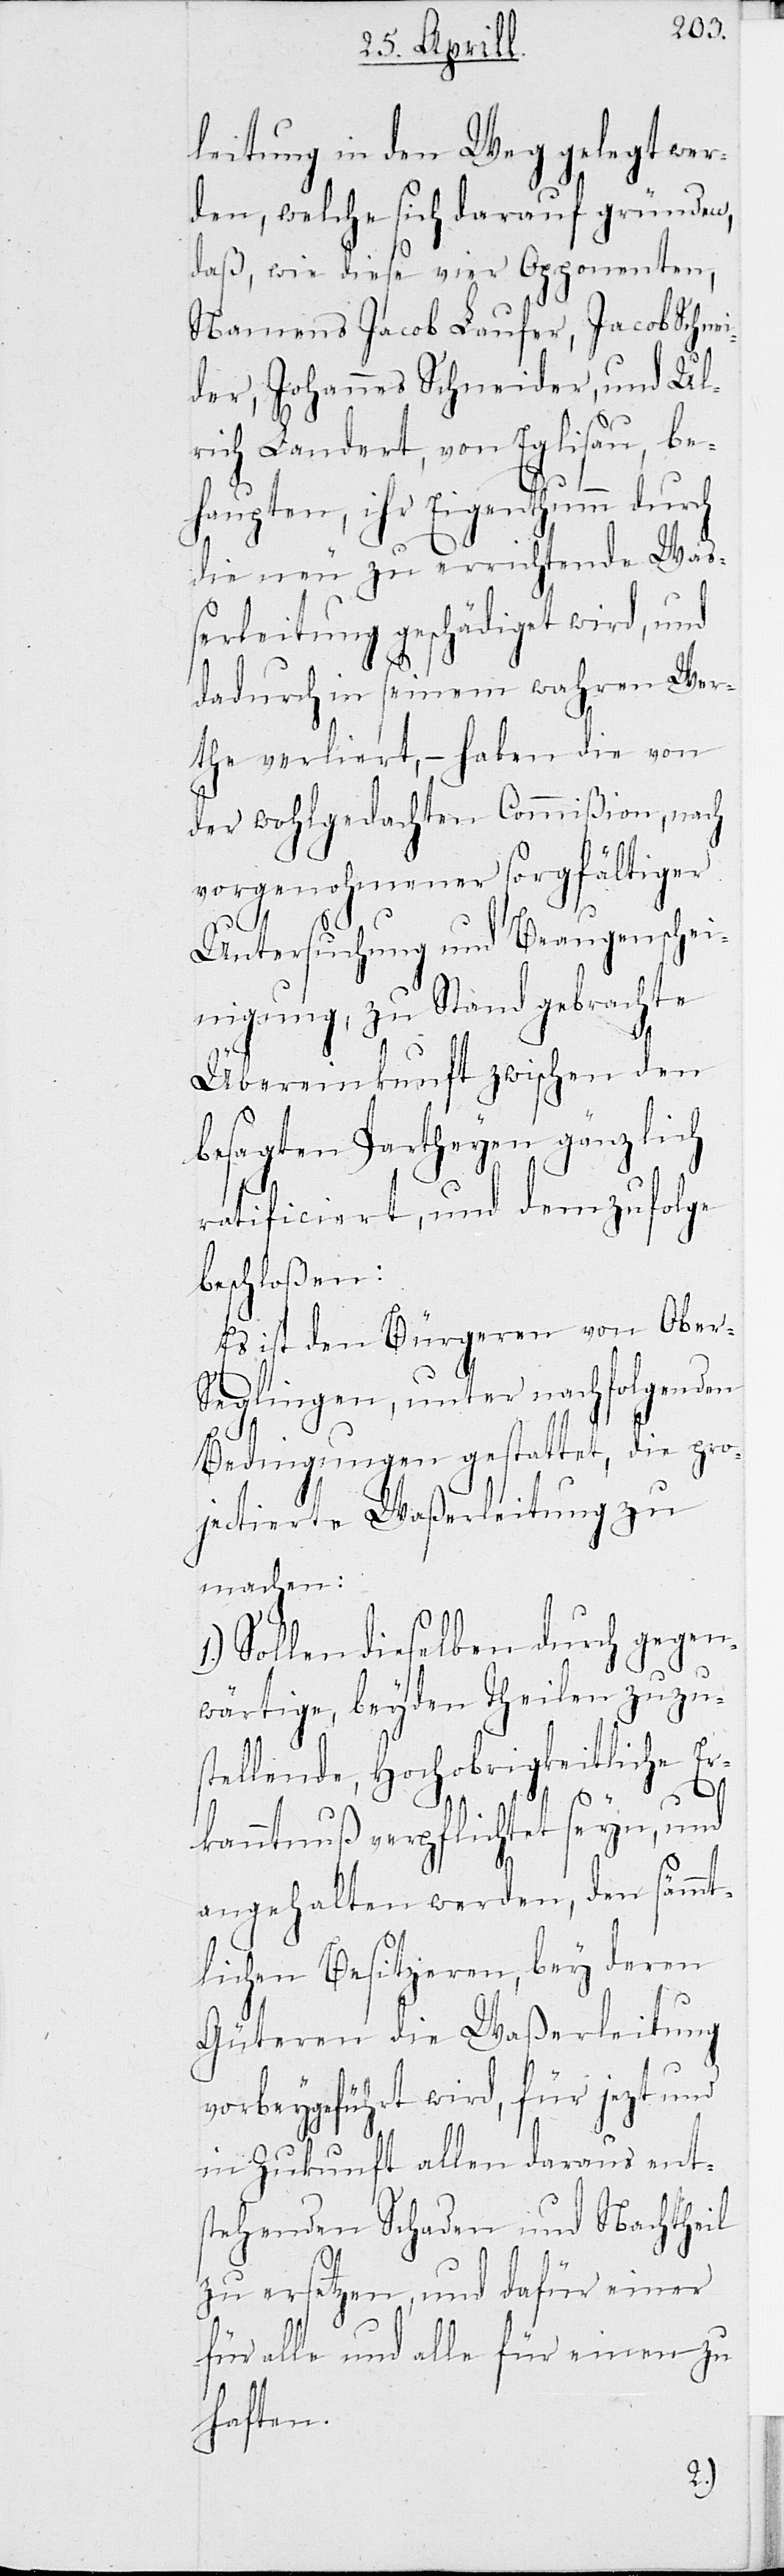
leitung in den Weg gelegt wer¬
den, welche sich darauf gründen,
daß, wie diese vier Opponenten,
Namens Jacob Laufer, Jacob Schnei¬
der, Johannes Schneider, und Ul¬
rich Landert, von Eglisau, be¬
haupten, ihr Eigenthumm durch
die neu zu errichtende Wa¬
ßerleitung geschädiget wird, und
dadurch in seinem wahren Wer¬
the verliert, – haben die von
der wohlgedachten Commißion, nach
vorgenohmener sorgfältiger
Untersuchung und Beaugensche¬
inigung, zu Stand gebrachte
Übereinkunft zwischen den
besagten Partheyen gänzlich
ratificiert, und demzufolge
beschloßen:
Es ist den Bürgeren von Ober-S¬
eglingen, unter nachfolgenden
Bestimmungen gestattet, die pro¬
jectierte Waßerleitung zu
machen:
Sollen dieselben durch gegen¬
wärtige, beyden Theilen zuzu¬
stellende, Hochobrigkeitliche Er¬
kanntnuß verpflichtet seyn, und
angehalten werden, den sämmt¬
lichen Besitzeren, bey deren
Güteren die Waßerleitung
vorbeygeführt wird, für jetzt und
in Zukunft allen daraus ent¬
stehenden Schaden und Nachtheil
zu ersetzen, und dafür einer
für alle und alle für einen zu
haften.